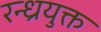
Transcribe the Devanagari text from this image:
रन्ध्रयुक्त